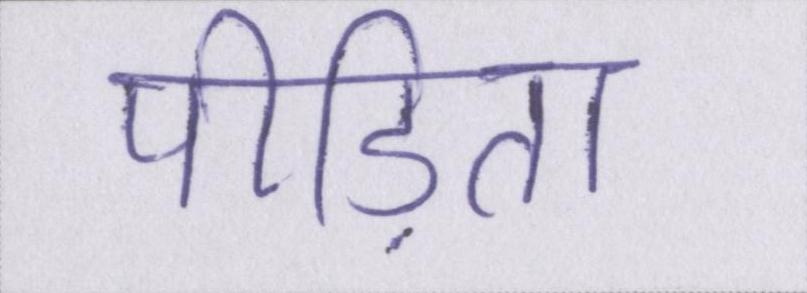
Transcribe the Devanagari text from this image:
पीड़िता